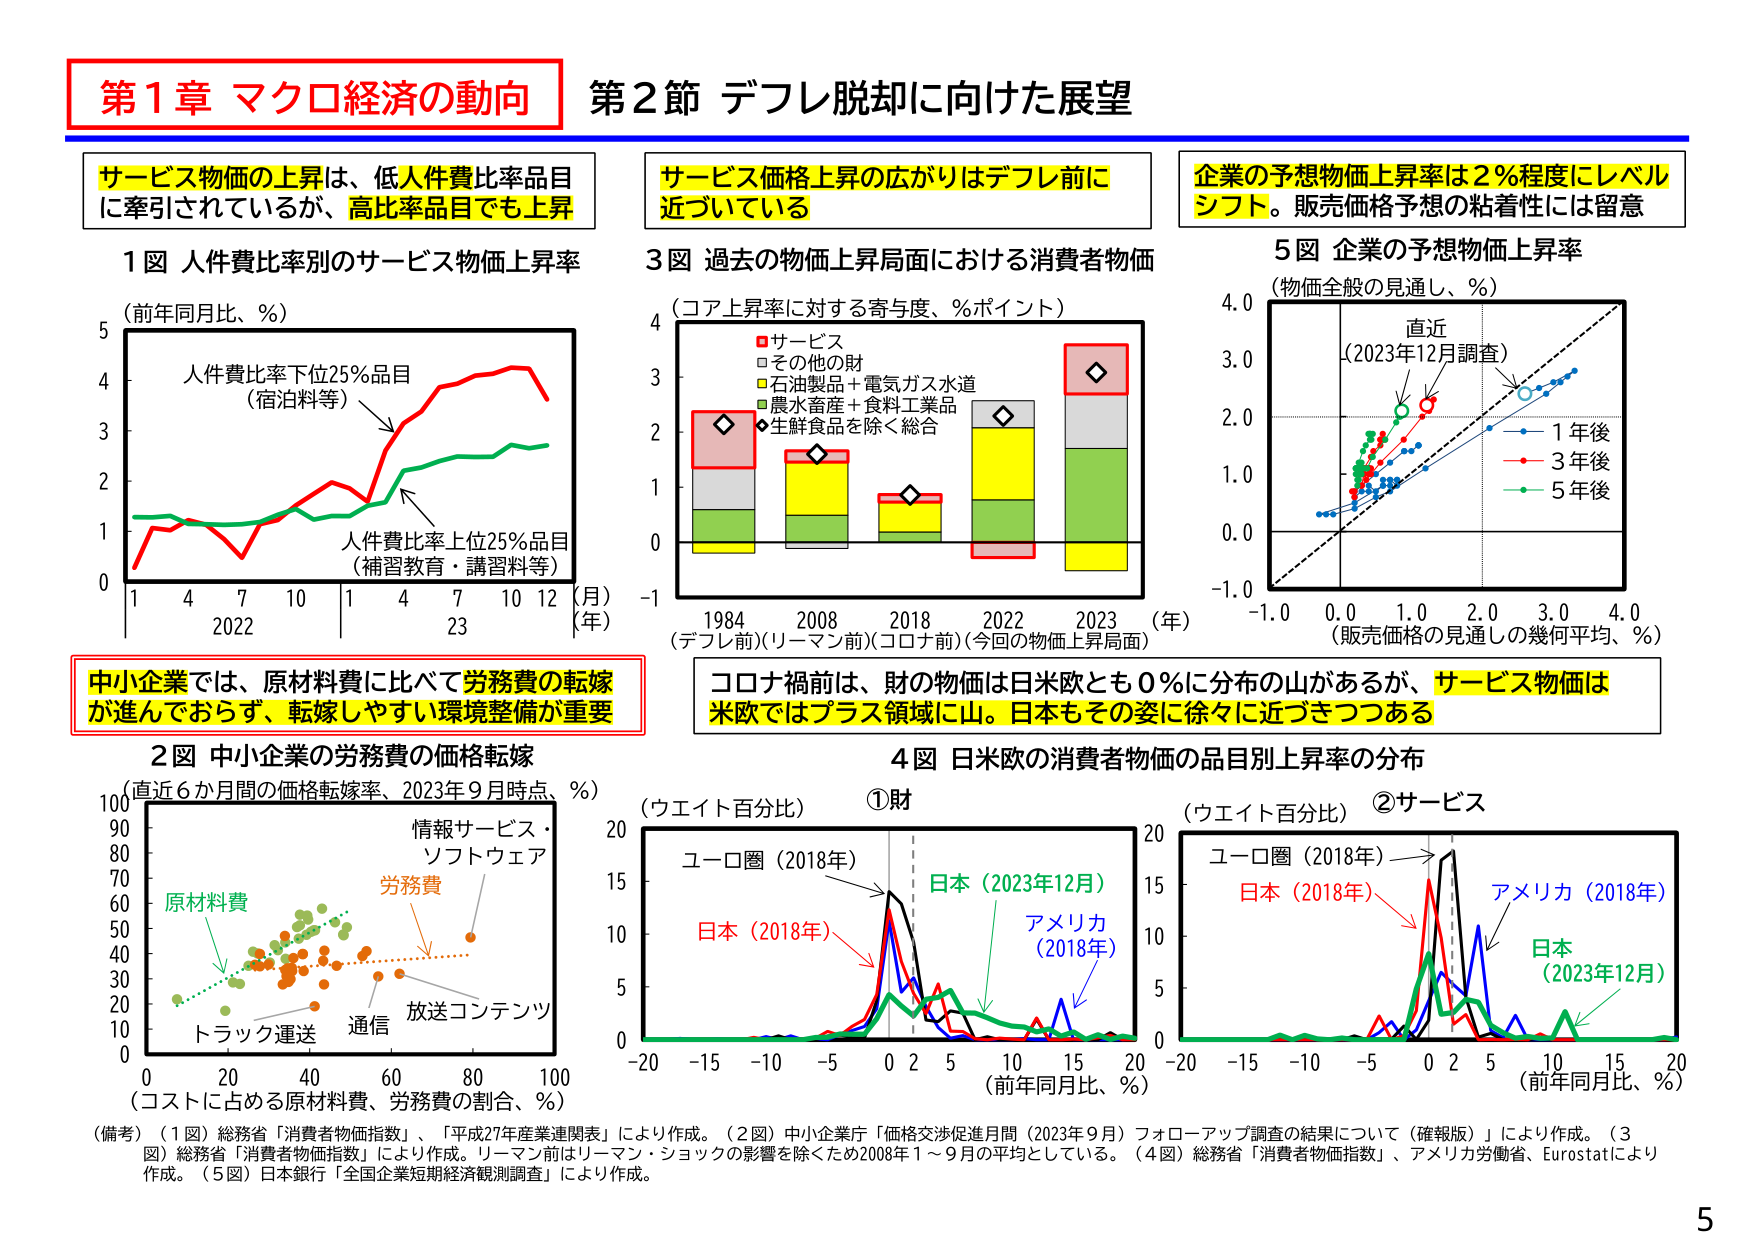
第1章 マクロ経済の動向
第2節 デフレ脱却に向けた展望

サービス物価の上昇は、低人件費比率品目
に牽引されているが、高比率品目でも上昇

サービス価格上昇の広がりはデフレ前に
近づいている

企業の予想物価上昇率は2％程度にレベル
シフト。販売価格予想の粘着性には留意

1図 人件費比率別のサービス物価上昇率
（前年同月比、％）
人件費比率下位25％品目
（宿泊料等）
人件費比率上位25％品目
（補習教育・講習料等）
1 4 7 10 1 4 7 10 12 （月）
2022 23 （年）

3図 過去の物価上昇局面における消費者物価
（コア上昇率に対する寄与度、％ポイント）
■サービス
□その他の財
■石油製品＋電気ガス水道
■農水畜産＋食料工業品
◆生鮮食品を除く総合
1984 2008 2018 2022 2023 （年）
（デフレ前）（リーマン前）（コロナ前）（今回の物価上昇局面）

5図 企業の予想物価上昇率
（物価全般の見通し、％）
直近
（2023年12月調査）
-1.0 0.0 1.0 2.0 3.0 4.0
（販売価格の見通しの幾何平均、％）
1年後
3年後
5年後

中小企業では、原材料費に比べて労務費の転嫁
が進んでおらず、転嫁しやすい環境整備が重要

コロナ禍前は、財の物価は日米欧とも0％に分布の山があるが、サービス物価は
米欧ではプラス領域に山。日本もその姿に徐々に近づきつつある

2図 中小企業の労務費の価格転嫁
（直近6か月間の価格転嫁率、2023年9月時点、％）
情報サービス・
ソフトウェア
原材料費
労務費
放送コンテンツ
トラック運送 通信
0 20 40 60 80 100
（コストに占める原材料費、労務費の割合、％）

4図 日米欧の消費者物価の品目別上昇率の分布
（ウエイト百分比） ①財
ユーロ圏（2018年）
日本（2023年12月）
日本（2018年）
アメリカ（2018年）
-20 -15 -10 -5 0 2 5 10 15 20
（前年同月比、％）

（ウエイト百分比） ②サービス
ユーロ圏（2018年）
日本（2018年）
アメリカ（2018年）
日本（2023年12月）
-20 -15 -10 -5 0 2 5 10 15 20
（前年同月比、％）

（備考）（1図）総務省「消費者物価指数」、「平成27年産業連関表」により作成。（2図）中小企業庁「価格交渉促進月間（2023年9月）フォローアップ調査の結果について（確報版）」により作成。（3図）総務省「消費者物価指数」により作成。リーマン前はリーマン・ショックの影響を除くため2008年1～9月の平均としている。（4図）総務省「消費者物価指数」、アメリカ労働省、Eurostatにより作成。（5図）日本銀行「全国企業短期経済観測調査」により作成。

5